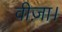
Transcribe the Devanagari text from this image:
वीज़ा।